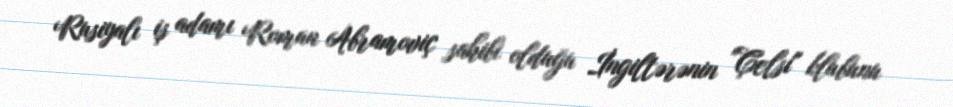
Rusiyalı iş adamı Roman Abramoviç sahibi olduğu İngiltərənin "Çelsi" klubunu